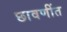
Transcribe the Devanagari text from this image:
छावणींत